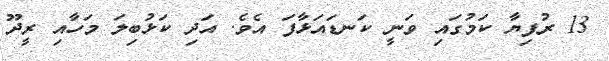
13 ރުފިޔާ ކަމުގައި ވަނީ ކަނޑައަޅާފަ އެވެ. އަދި ކަޅުބިލަ މަހާއި ރީދޫ